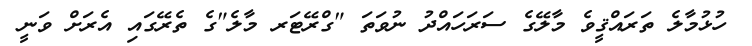
ހުޅުމާލެ ތަރައްޤީވެ މާލޭގެ ސަރަހައްދު ނުވަތަ "ގްރޭޓަރ މާލެ"ގެ ތެރޭގައި އެރަށް ވަނީ